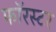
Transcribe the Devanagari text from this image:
फॉरस्टर